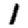
Digit: 1